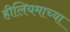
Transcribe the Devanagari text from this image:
हीलियमाच्या